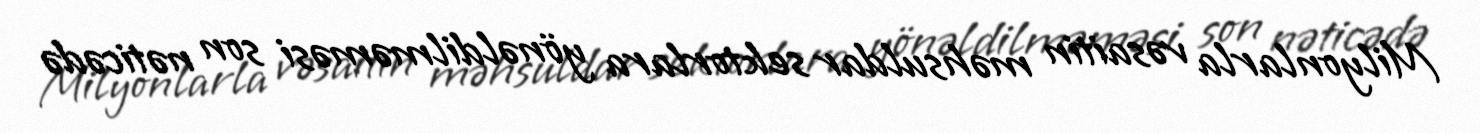
Milyonlarla vəsaitin məhsuldar sektorlara yönəldilməməsi son nəticədə